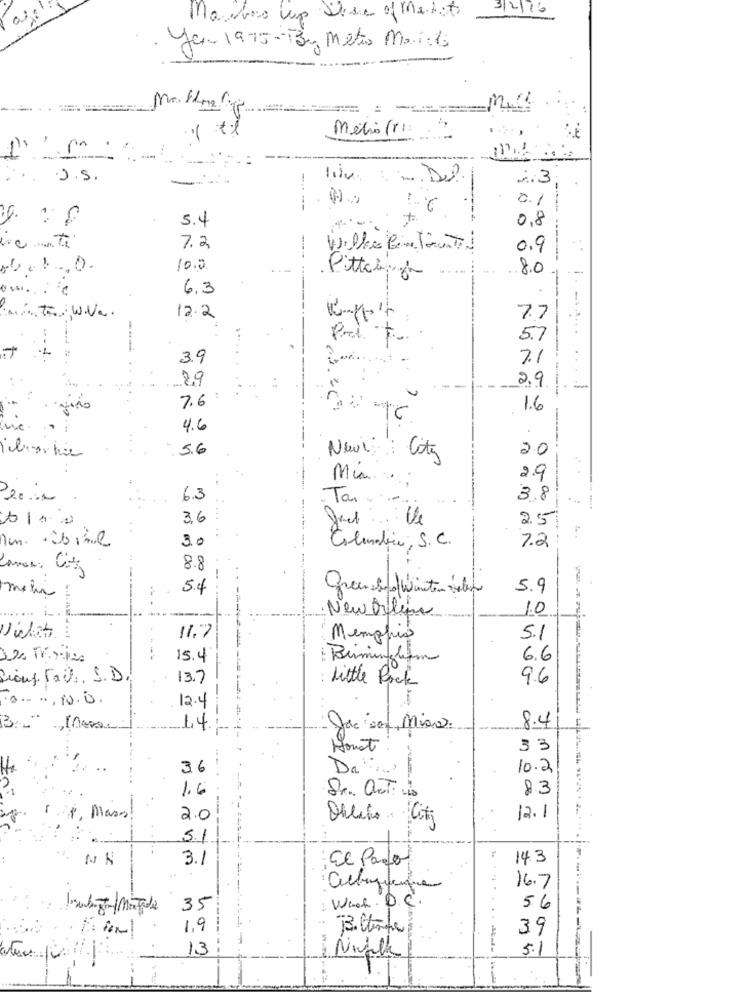
3/2/16
Mauro up Desc of melet
you 1975-BBg Metro Maists
Ma Hner-
M
métro (FI:
.J.S.
-
m
0.1
----
5.4
+
0,8
"anti
7.2
Wilke Cin Tanti
0.9
--
10.0
.8.0
Pitting
6.3
12.2
7.7
5.7
---
3.9
7.1
29
2.9
7.6
is
1.6
4.6
5.6
20
New City
Mia ....
2.9
6.3
Tan ...
3.8
3.6
2.5
3.0
7.2
Columbia, S.C.
Canon: City
8.8
5.4
5.9
metin
1.0
New bilen
11.7
Memphis
5.1
15.4
: Birmingham
6.6
13.7
Little Rock
9.6
12.4
Thers:)
14.
Jackson, Miss.
8.4
Sonst
33
36
Da ...
10.2
1.6
83
Sr. activo
11 plass!
2.0
Oblito City
12.1
5.1
NA
3.1
El Paso
143
16.7
Week. D.C.
35
5.6
1.9
T3. Cliente
39
13
5.1